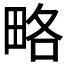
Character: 略